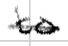
Text: to
Cross-out: single-line
Writing tool: digital_black